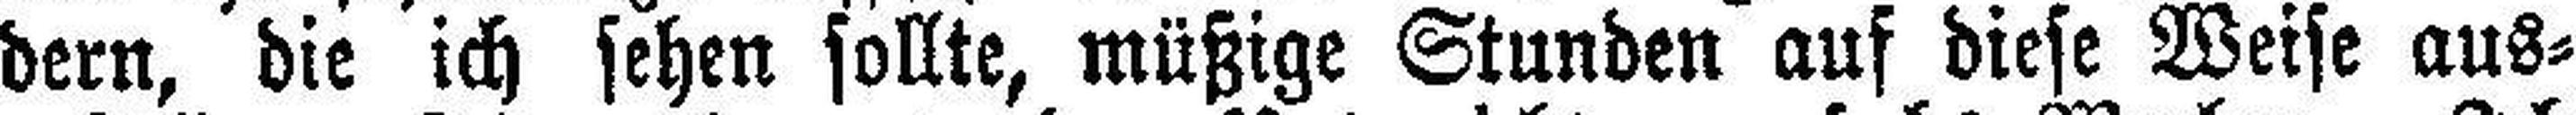
dern, die ich sehen sollte, müßige Stunden auf diese Weise aus¬